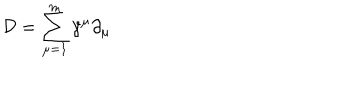
{ \mathcal D } = \sum _ { \mu = 1 } ^ { m } \gamma ^ { \mu } \partial _ { \mu }